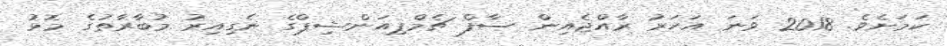
ކަމަށެވެ. 2018 ވަނަ އަހަރު ރާއްޖެއިން ސާފް ޗެމްޕިއަންޝިޕްގެ ނެގިއިރު މުބާރާތުގެ މޮޅު